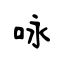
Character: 咏